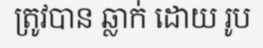
ត្រូវបាន ឆ្លាក់ ដោយ រូប